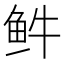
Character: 𲍊